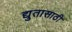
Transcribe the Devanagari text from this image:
द्युतासाठी